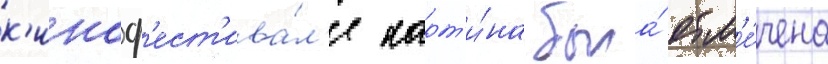
к'иноф'ест'ива́л'е карт'и́на была́ отм'е́чена